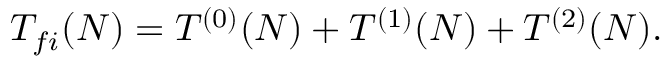
T _ { f i } ( N ) = T ^ { ( 0 ) } ( N ) + T ^ { ( 1 ) } ( N ) + T ^ { ( 2 ) } ( N ) .